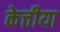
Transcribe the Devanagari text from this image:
केत्तीया